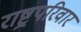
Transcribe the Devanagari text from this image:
राष्ट्रपरिवार